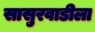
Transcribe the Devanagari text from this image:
सासुरवाडीला